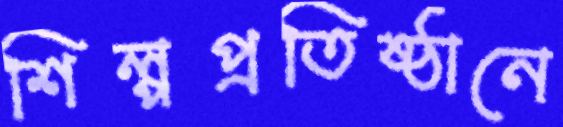
শিল্পপ্রতিষ্ঠানে